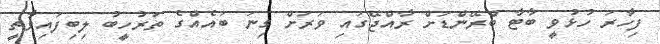
ފިހާރަ ހުޅުވީ ބާޓާ ބްރޭންޑަށް ރާއްޖޭގައި ވަރަށް ގިނަ ބައެއްގެ ތަރުހީބު ލިބިފައިވާތީ